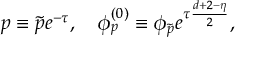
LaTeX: p \equiv \tilde { p } e ^ { - \tau } , \ \ \ \phi _ { p } ^ { ( 0 ) } \equiv \phi _ { \tilde { p } } e ^ { \tau \frac { d + 2 - \eta } { 2 } } ,